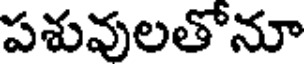
పశువులతోనూ